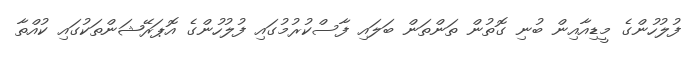
ފުލުހުންގެ މީޑިއާއިން ބުނި ގޮތުން ތަންތަން ބަލައި ފާސްކުރުމުގައި ފުލުހުންގެ އޮޕަރޭޝަންތަކުގައި ކުއްތާ